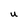
Character: U